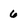
Character: 6